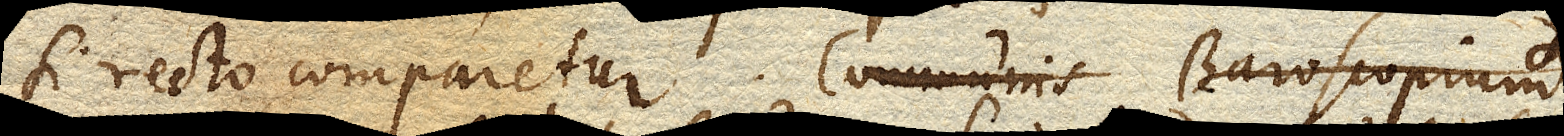
si recto comparetur. Communis Baroscopium